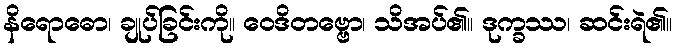
နိရောဓော၊ ချုပ်ခြင်းကို။ ဝေဒိတဗ္ဗော၊ သိအပ်၏။ ဒုက္ခဿ၊ ဆင်းရဲ၏။